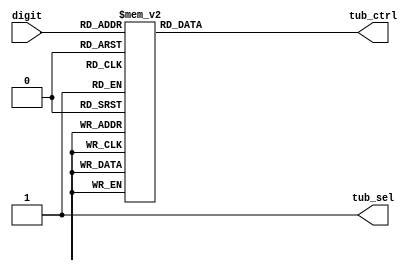
`timescale 1ns / 1ps
//////////////////////////////////////////////////////////////////////////////////
// Company: 
// Engineer: 
// 
// Design Name: 
// Module Name: mistake_counter
// Project Name: 
// Target Devices: 
// Tool Versions: 
// Description: 
// 
// Dependencies: 
// 
// Revision:
// Revision 0.01 - File Created
// Additional Comments:
// 
//////////////////////////////////////////////////////////////////////////////////


module mistake_counter(
input [3:0] digit,
output tub_sel,
output reg [7:0] tub_ctrl
    );
    assign tub_sel = 1'b1;
    always @(*) begin
        case(digit)
        4'b0000: tub_ctrl = 8'b11111100;
        4'b0001: tub_ctrl = 8'b01100000;
        4'b0010: tub_ctrl = 8'b11011010;
        4'b0011: tub_ctrl = 8'b11110010;
        4'b0100: tub_ctrl = 8'b01100110;
        4'b0101: tub_ctrl = 8'b10110110;
        4'b0110: tub_ctrl = 8'b10111110;
        4'b0111: tub_ctrl = 8'b11100000;
        4'b1000: tub_ctrl = 8'b11111110;
        4'b1001: tub_ctrl = 8'b11100110;
        default:
        tub_ctrl = 8'b00000000;
    endcase
    end
            
endmodule